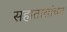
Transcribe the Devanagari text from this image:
सहातासांच्या